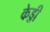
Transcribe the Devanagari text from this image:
केड्डी